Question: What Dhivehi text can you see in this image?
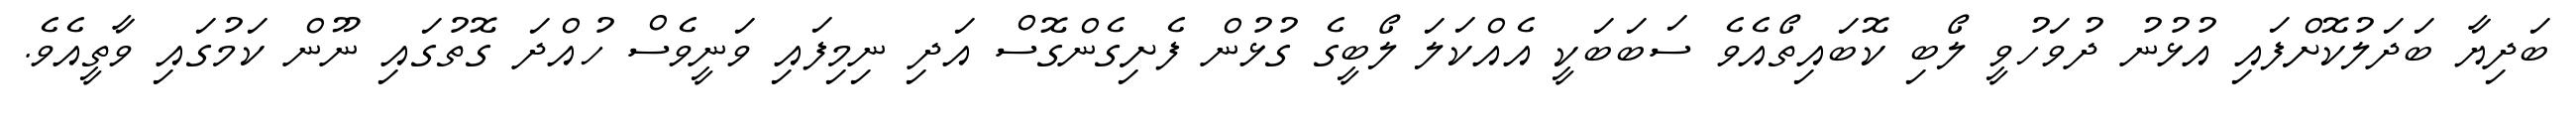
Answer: ބަދިޔާ ބަދަލުކޮށްފައި އުޅުނު ދުވަހުވީ ލޯބި ކޮބައިތޯއެވެ ސަބަބަކީ އެއްކަލަ ލޯބީގެ ގުޅުން ފެށިގެންގޮސް އަދި ނިމިފައި ވަނީވެސް ހުއްދަ ގޮތުގައި ނޫން ކަމުގައި ވާތީއެވެ.